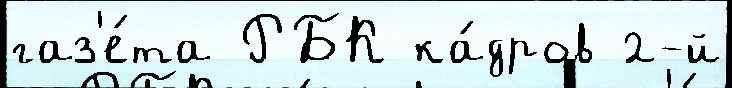
газ'е́та РБК ка́дров 2-й